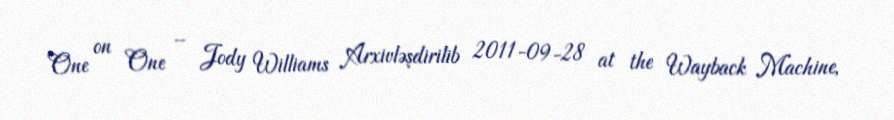
One on One – Jody Williams Arxivləşdirilib 2011-09-28 at the Wayback Machine,